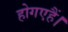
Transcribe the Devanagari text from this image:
होगएहैं।